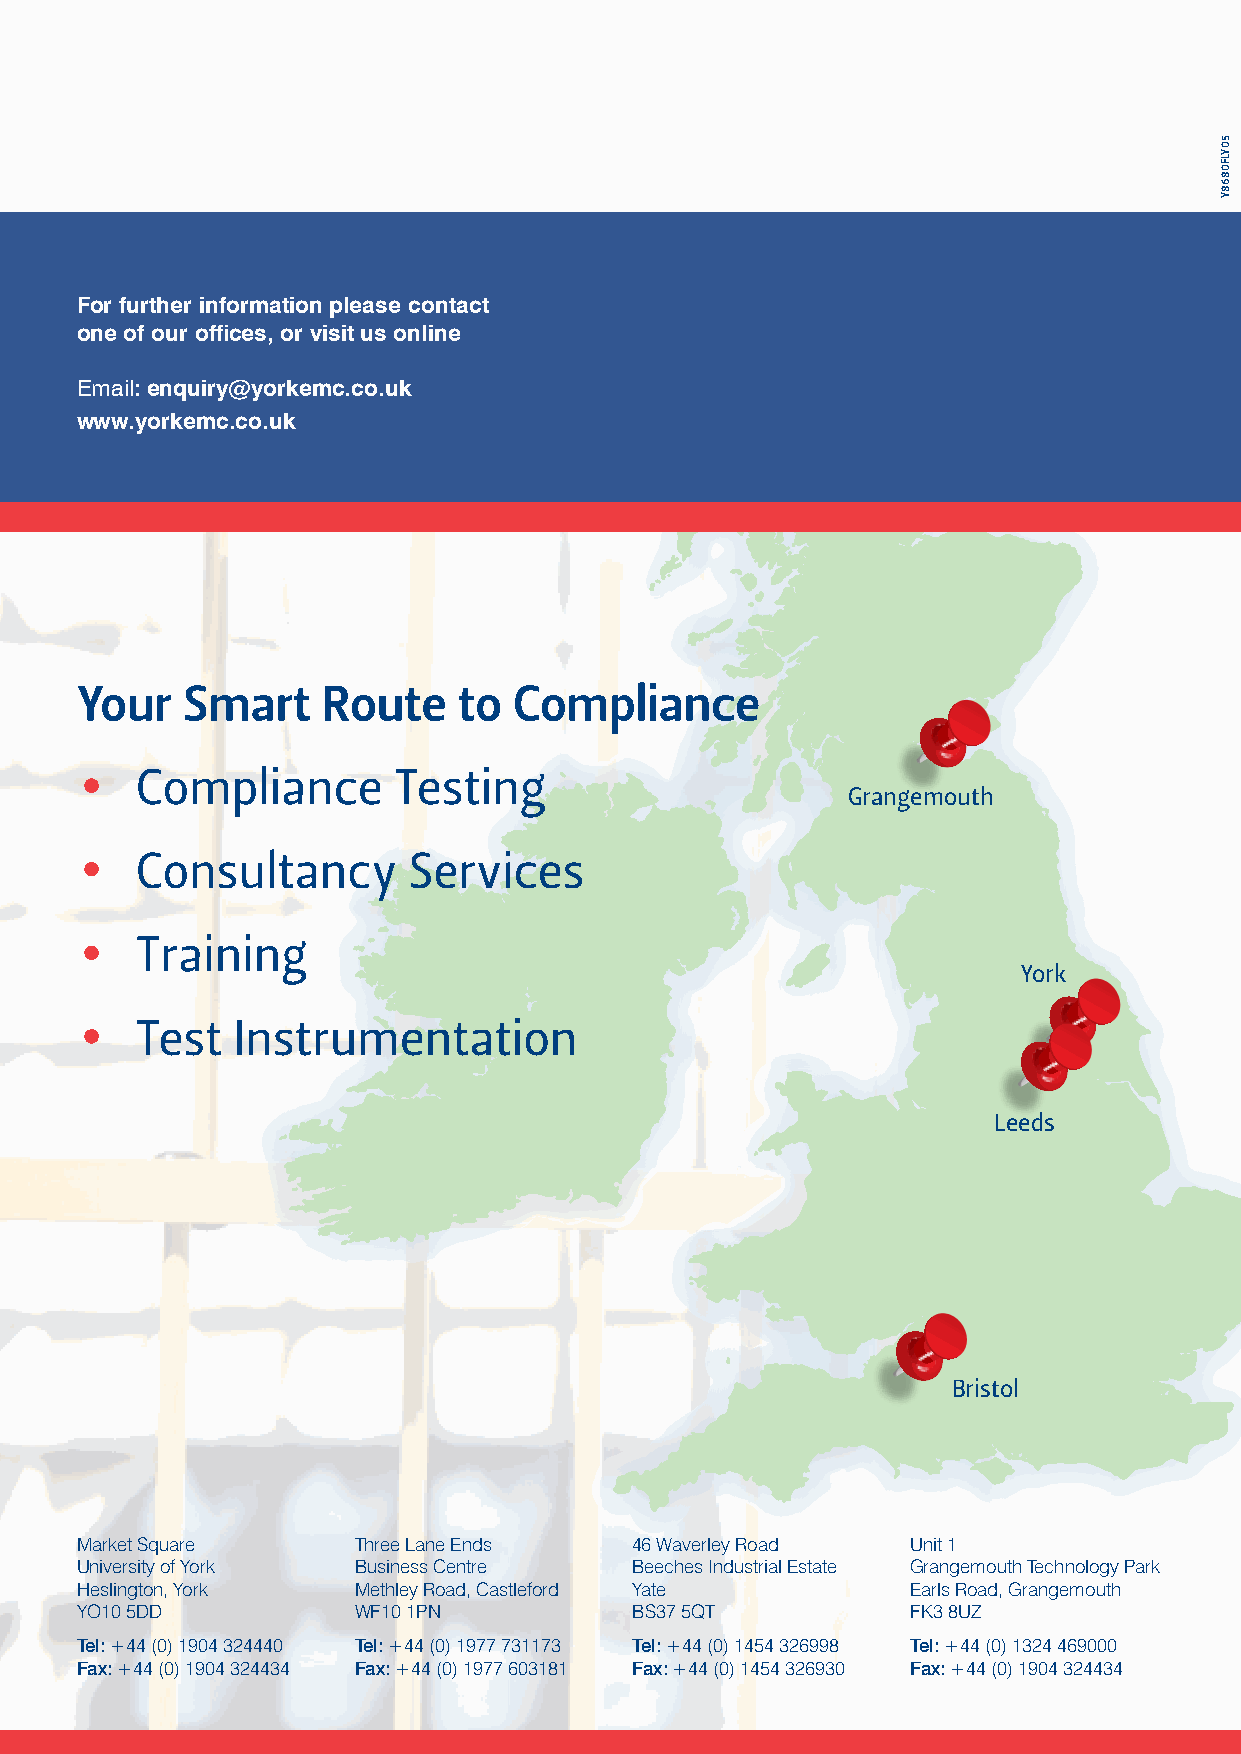
For further information please contact
 one of our offices, or visit us online
 Email: enquiry@yorkemc.co.uk
 www.yorkemc.co.uk
 Your   Smart    Route    to  Compliance
 •   Compliance       Testing
 Grangemouth
 •   Consultancy       Services
 •   Training
 York
 •   Test  Instrumentation
 Leeds
 Bristol
 Market Square     Three Lane Ends    46 Waverley Road  Unit 1
 University of York Business Centre   Beeches Industrial Estate Grangemouth Technology Park
 Heslington, York  Methley Road, Castleford Yate        Earls Road, Grangemouth
 YO10 5DD          WF10 1PN           BS37 5QT          FK3 8UZ
 Tel: +44 (0) 1904 324440 Tel: +44 (0) 1977 731173 Tel: +44 (0) 1454 326998 Tel: +44 (0) 1324 469000
 Fax: +44 (0) 1904 324434 Fax: +44 (0) 1977 603181 Fax: +44 (0) 1454 326930 Fax: +44 (0) 1904 324434
 50YLF0868Y